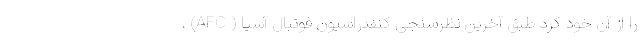
را از آن خود کرد طبق آخرین نظرسنجی کنفدراسیون فوتبال آسیا ( AFC) ،